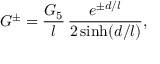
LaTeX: G ^ { \pm } = \frac { G _ { 5 } } l \, \frac { e ^ { \pm d / l } } { 2 \sinh ( d / l ) } ,